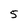
Character: 5